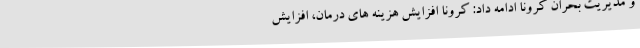
و مدیریت بحران کرونا ادامه داد: کرونا افزایش هزینه های درمان، افزایش